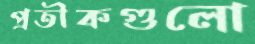
প্রতীকগুলো